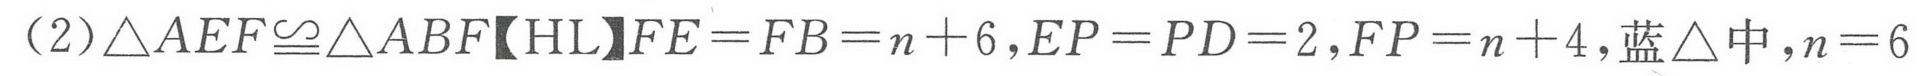
（2）\(\triangle AEF\cong\triangle ABF【HL】FE = FB=n + 6,EP = PD = 2,FP=n + 4,\text{蓝}\triangle\text{中},n = 6\)